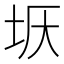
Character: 𡊘